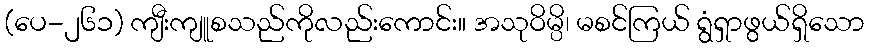
(ပေ-၂၆၁) ကျီးကျူစသည်ကိုလည်းကောင်း။ အသုဝိမ္ပိ၊ မစင်ကြယ် ရွံရှာဖွယ်ရှိသော